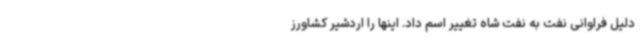
دلیل فراوانی نفت به نفت شاه تغییر اسم داد. اینها را اردشیر کشاورز